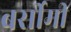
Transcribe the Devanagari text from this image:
बर्सीमी